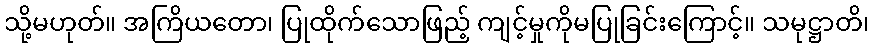
သို့မဟုတ်။ အကြိယတော၊ ပြုထိုက်သောဖြည့် ကျင့်မှုကိုမပြုခြင်းကြောင့်။ သမုဋ္ဌာတိ၊